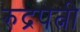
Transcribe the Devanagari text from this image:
रुद्रपत्नी